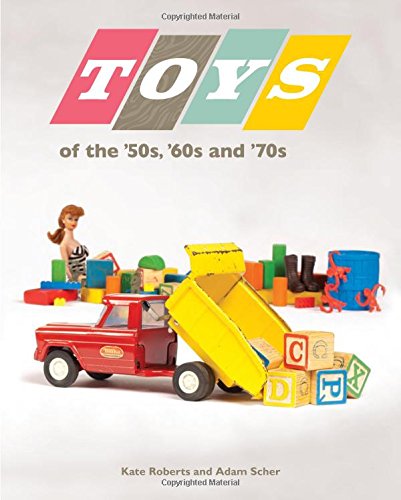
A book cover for Toys of the '50s, '60s, and '70s; Kate Roberts; Crafts, Hobbies & Home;